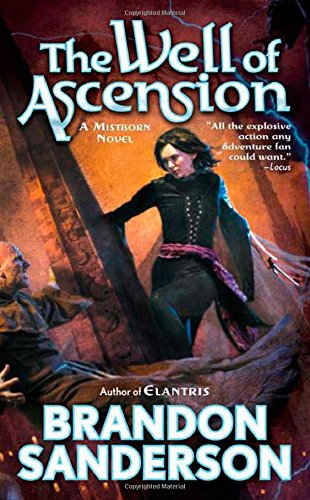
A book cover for The Well of Ascension (Mistborn, Book 2); Brandon Sanderson; Science Fiction & Fantasy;